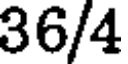
36/4